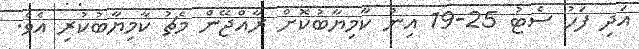
އަދި ފަހު ސެޓު 25-19 އިން ކާމިޔާބުކޮށް ރާއްޖޭން މެޗު ކާމިޔާބުކުރި އެވެ.